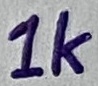
Text: 1K